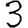
Digit: 3